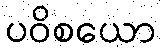
ပဝိစယော